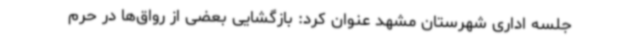
جلسه اداری شهرستان مشهد عنوان کرد: بازگشایی بعضی از رواق‌ها در حرم